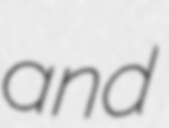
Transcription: and